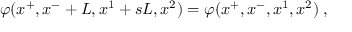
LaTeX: \varphi ( x ^ { + } , x ^ { - } + L , x ^ { 1 } + s L , x ^ { 2 } ) = \varphi ( x ^ { + } , x ^ { - } , x ^ { 1 } , x ^ { 2 } ) \; ,